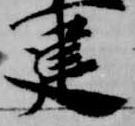
建